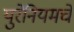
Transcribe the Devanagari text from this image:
युरेनियमचे